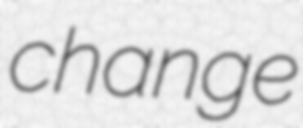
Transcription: change